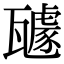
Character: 𭺥